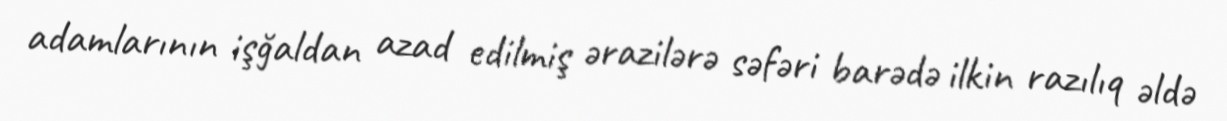
adamlarının işğaldan azad edilmiş ərazilərə səfəri barədə ilkin razılıq əldə